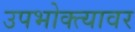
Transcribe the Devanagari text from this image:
उपभोक्त्यावर